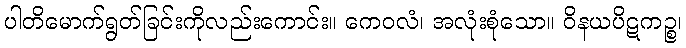
ပါတိမောက်ရွတ်ခြင်းကိုလည်းကောင်း။ ကေဝလံ၊ အလုံးစုံသော။ ဝိနယပိဋကဉ္စ၊